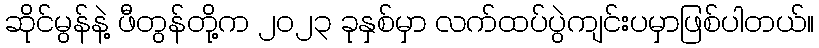
ဆိုင်မွန်နဲ့ ဖီတွန်တို့က ၂၀၂၃ ခုနှစ်မှာ လက်ထပ်ပွဲကျင်းပမှာဖြစ်ပါတယ်။